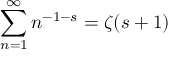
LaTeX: \sum _ { n = 1 } ^ { \infty } n ^ { - 1 - s } = \zeta ( s + 1 )